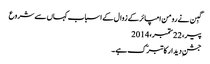
گبِن نے رومن امپائر کے زوال کے اسباب کہاں سے شروع
پیر، 22 ستمبر، 2014
جشنِ دیدار کا تبرّک ہے ۔